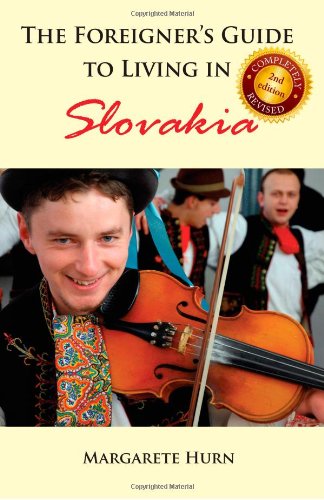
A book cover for The Foreigner's Guide to Living in Slovakia; Margarete Hurn; Travel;